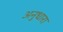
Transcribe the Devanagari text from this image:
अनुधारा